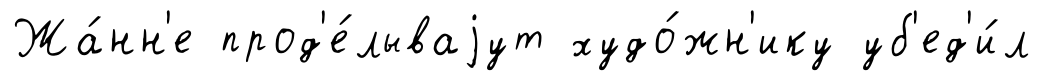
Жа́нн'е прод'е́лываjут худо́жн'ику уб'ед'и́л